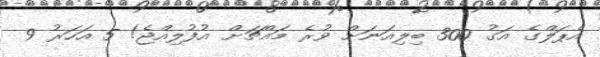
އެޕަލްގެ އަގު 300 ބިލިއަނަށް ވުރެ މައްޗަށް އުފުލިއްޖެ! 5 އަހަރު 9